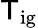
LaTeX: \mathsf{T}_{\mathrm{{ig}}}